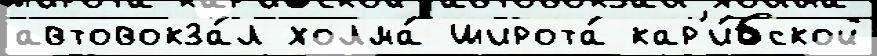
автовокза́л холма́ широта́ кар'и́бской